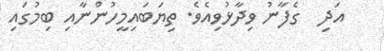
އަދި  ގެފާނު ވިދާޅުވިއެވެ. ތިޔަބައިމީހުންނާއި ބިމުގައި